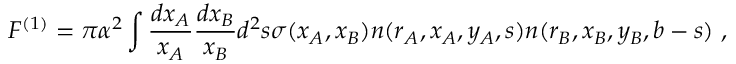
F ^ { ( 1 ) } = \pi \alpha ^ { 2 } \int { \frac { d x _ { A } } { x _ { A } } } { \frac { d x _ { B } } { x _ { B } } } d ^ { 2 } s \sigma ( x _ { A } , x _ { B } ) n ( r _ { A } , x _ { A } , y _ { A } , s ) n ( r _ { B } , x _ { B } , y _ { B } , b - s ) \, \, ,